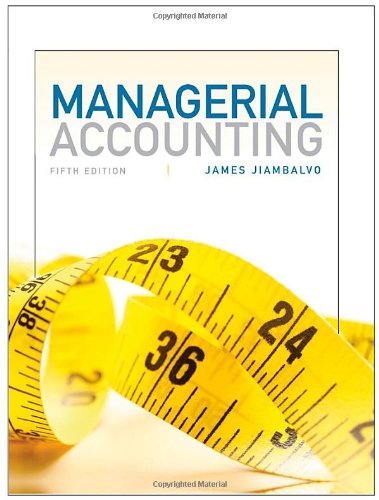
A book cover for Managerial Accounting; James Jiambalvo; Business & Money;